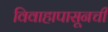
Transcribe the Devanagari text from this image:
विवाहापासूनची